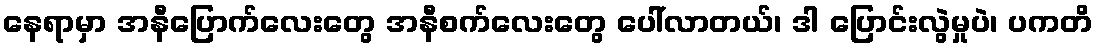
နေရာမှာ အနီပြောက်လေးတွေ အနီစက်လေးတွေ ပေါ်လာတယ်၊ ဒါ ပြောင်းလွဲမှုပဲ၊ ပကတိ